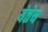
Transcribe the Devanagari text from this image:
येतेय